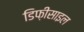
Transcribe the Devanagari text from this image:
डिफ़ीसाइल